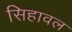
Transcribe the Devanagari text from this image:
सिहावल